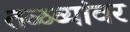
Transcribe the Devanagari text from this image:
तळव्यांवर